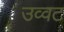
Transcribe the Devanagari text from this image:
उव्‍वट